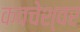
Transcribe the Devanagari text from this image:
कवचेश्वर